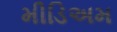
મીડિઅમ